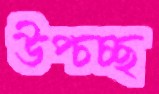
উপ্‌চচ্ছ